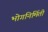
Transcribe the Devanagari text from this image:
भोगनिर्मिती